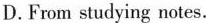
D.From studying notes.